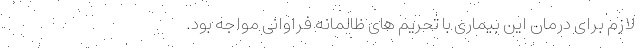
لازم برای درمان این بیماری با تحریم های ظالمانه فراوانی مواجه بود.